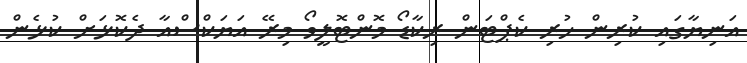
އަނިޔާގައި ކުރިން ހުރި ކެޕްޓަން ރިކާޑޯ މޮންޓޮލީވޯ މިރޭ އަޔަކްސްއާ ދެކޮޅަށް ކުޅެން